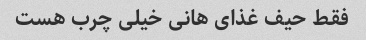
فقط حیف غذای هانی خیلی چرب هست